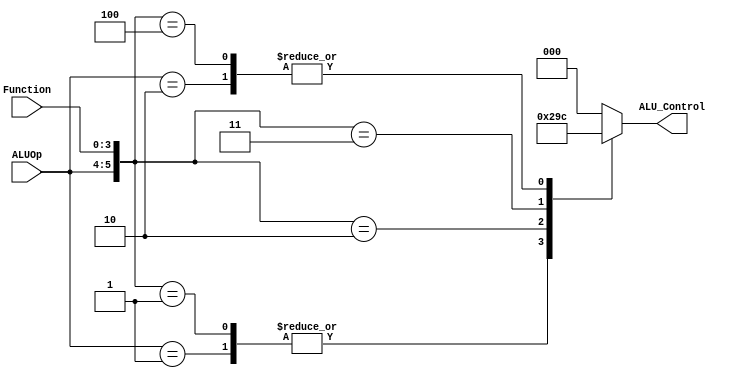

// Verilog project: Verilog code for 16-bit MIPS Processor
// Submodule: ALU Control Unit in Verilog 
 module ALUControl( ALU_Control, ALUOp, Function);  
 output reg[2:0] ALU_Control;  
 input [1:0] ALUOp;  
 input [3:0] Function;  
 wire [5:0] ALUControlIn;  
 assign ALUControlIn = {ALUOp,Function};  
 always @(ALUControlIn)  
 casex (ALUControlIn)  
  6'b11xxxx: ALU_Control=3'b000;  
  6'b10xxxx: ALU_Control=3'b100;  
  6'b01xxxx: ALU_Control=3'b001;  
  6'b000000: ALU_Control=3'b000;  
  6'b000001: ALU_Control=3'b001;  
  6'b000010: ALU_Control=3'b010;  
  6'b000011: ALU_Control=3'b011;  
  6'b000100: ALU_Control=3'b100;  
  default: ALU_Control=3'b000;  
  endcase  
 endmodule  
// Verilog code for JR control unit
module JR_Control( input[1:0] alu_op, 
       input [3:0] funct,
       output JRControl
    );
assign JRControl = ({alu_op,funct}==6'b001000) ? 1'b1 : 1'b0;
endmodule